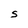
Character: S